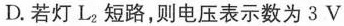
D.若灯L2短路，则电压表示数为3V